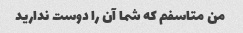
من متاسفم که شما آن را دوست ندارید